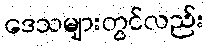
ဒေသများတွင်လည်း